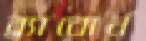
ব্র্যাবোর্ন